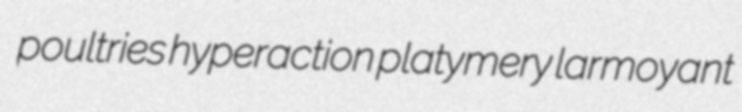
poultries hyperaction platymery larmoyant